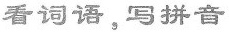
看词语，写拼音